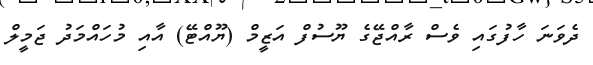
ދެވަނަ ހާފުގައި ވެސް ރާއްޖޭގެ ޔޫސުފް އަޒީމް (ޔޫއްޓޭ) އާއި މުހައްމަދު ޖަމީލް